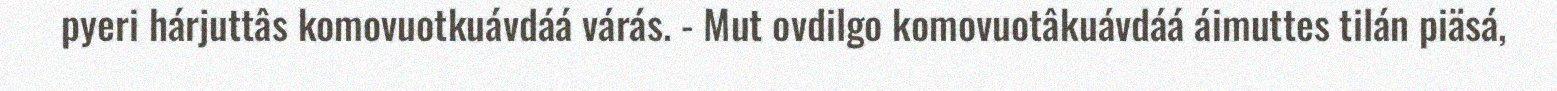
pyeri hárjuttâs komovuotkuávdáá várás. - Mut ovdilgo komovuotâkuávdáá áimuttes tilán piäsá,